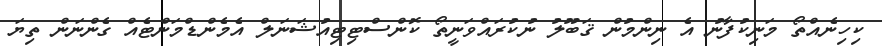
ކިހިނެއްތޯ މަނިކުފާނު އެ ނިންމުން ޤަބޫލު ނުކުރައްވަނީތޯ ކޮންސްޓިޓިއުޝަނަލް އެމެންޑްމަންޓެއް ގެންނަން ތިޔަ